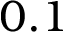
0 . 1